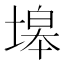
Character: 𱗤